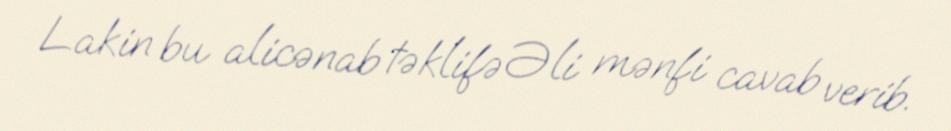
Lakin bu alicənab təklifə Əli mənfi cavab verib.